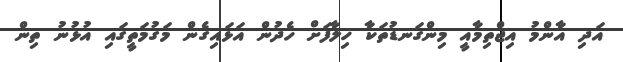
އަދި އާންމު އިޖްތިމާއީ މިންގަނޑުތަކާ ޚިލާފަށް ހެދުން އަޅައިގެން މަގުމަތީގައި އުޅުނު ތިން